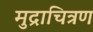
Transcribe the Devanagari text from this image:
मुद्राचित्रण